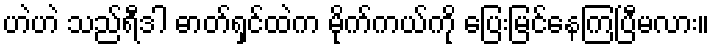
ဟဲဟဲ သည်ရီဒါ ဓာတ်ရှင်ထဲက မိုက်ကယ်ကို ပြေးမြင်နေကြပြီမလား။